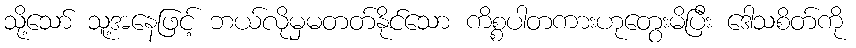
သို့သော် သူ့အနေဖြင့် ဘယ်လိုမှမတတ်နိုင်သော ကိစ္စပါတကားဟုတွေးမိပြီး ဒေါသစိတ်ကို